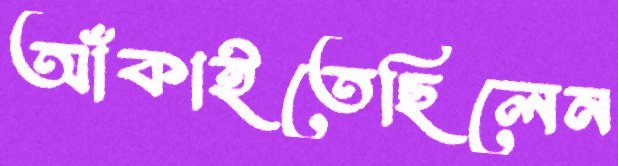
আঁকাইতেছিলেন